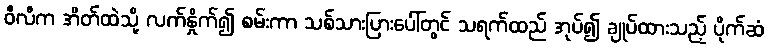
ဝီလီက အိတ်ထဲသို့ လက်နှိုက်၍ စမ်းကာ သစ်သားပြားပေါ်တွင် သရက်ထည် အုပ်၍ ချုပ်ထားသည့် ပိုက်ဆံ